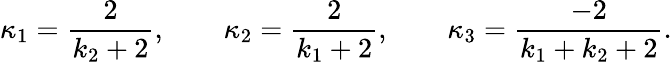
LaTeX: \kappa_{1}=\frac{2}{k_{2}+2},\qquad\kappa_{2}=\frac{2}{k_{1}+2},\qquad\kappa_{3}=\frac{-2}{k_{1}+k_{2}+2}.